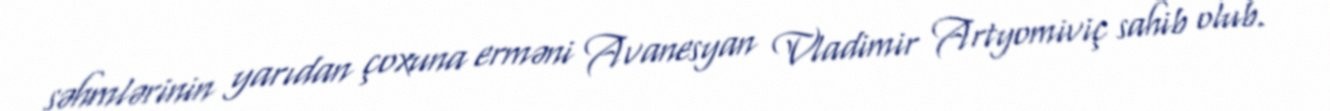
səhmlərinin yarıdan çoxuna erməni Avanesyan Vladimir Artyomiviç sahib olub.